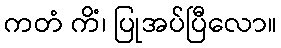
ကတံ ကိံ၊ ပြုအပ်ပြီလော။